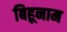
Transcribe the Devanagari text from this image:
बिहूनाम